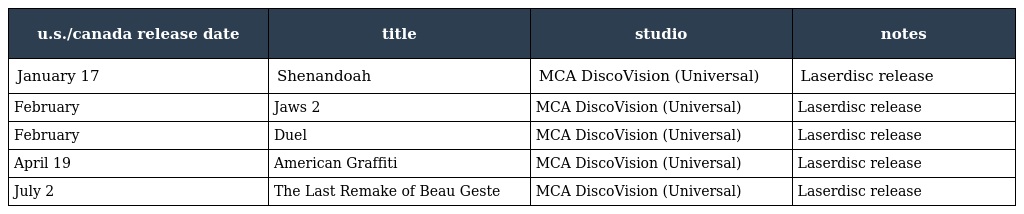
| u.s./canada release date | title | studio | notes |
 | --- | --- | --- | --- |
 | January 17 | Shenandoah | MCA DiscoVision (Universal) | Laserdisc release |
 | February | Jaws 2 | MCA DiscoVision (Universal) | Laserdisc release |
 | February | Duel | MCA DiscoVision (Universal) | Laserdisc release |
 | April 19 | American Graffiti | MCA DiscoVision (Universal) | Laserdisc release |
 | July 2 | The Last Remake of Beau Geste | MCA DiscoVision (Universal) | Laserdisc release |